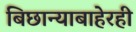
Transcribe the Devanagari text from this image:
बिछान्याबाहेरही